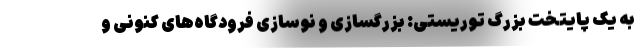
به یک پایتخت بزرگ توریستی: بزرگسازی و نوسازی فرودگاه‌های کنونی و